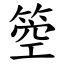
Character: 箜